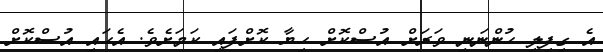
އެ ގިފިލި ހުންނަނީ ވަރަށް އުސްކޮށް ހިޔާ ކޮށްފައި ކަމަށެވެ. އެހައި އުސްކޮށް